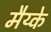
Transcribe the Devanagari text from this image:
मैय्के